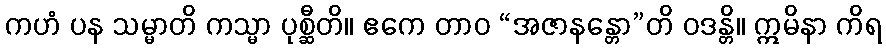
ကဟံ ပန သမ္မာတိ ကသ္မာ ပုစ္ဆီတိ။ ဧကေ တာဝ “အဇာနန္တော”တိ ဝဒန္တိ။ ဣမိနာ ကိရ